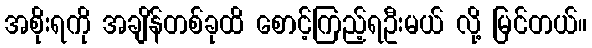
အစိုးရကို အချိန်တစ်ခုထိ စောင့်ကြည့်ရဦးမယ် လို့ မြင်တယ်။